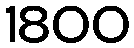
1800